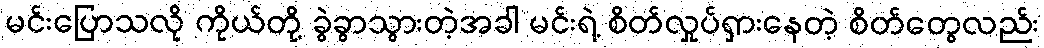
မင်းပြောသလို ကိုယ်တို့ ခွဲခွာသွားတဲ့အခါ မင်းရဲ့ စိတ်လှုပ်ရှားနေတဲ့ စိတ်တွေလည်း